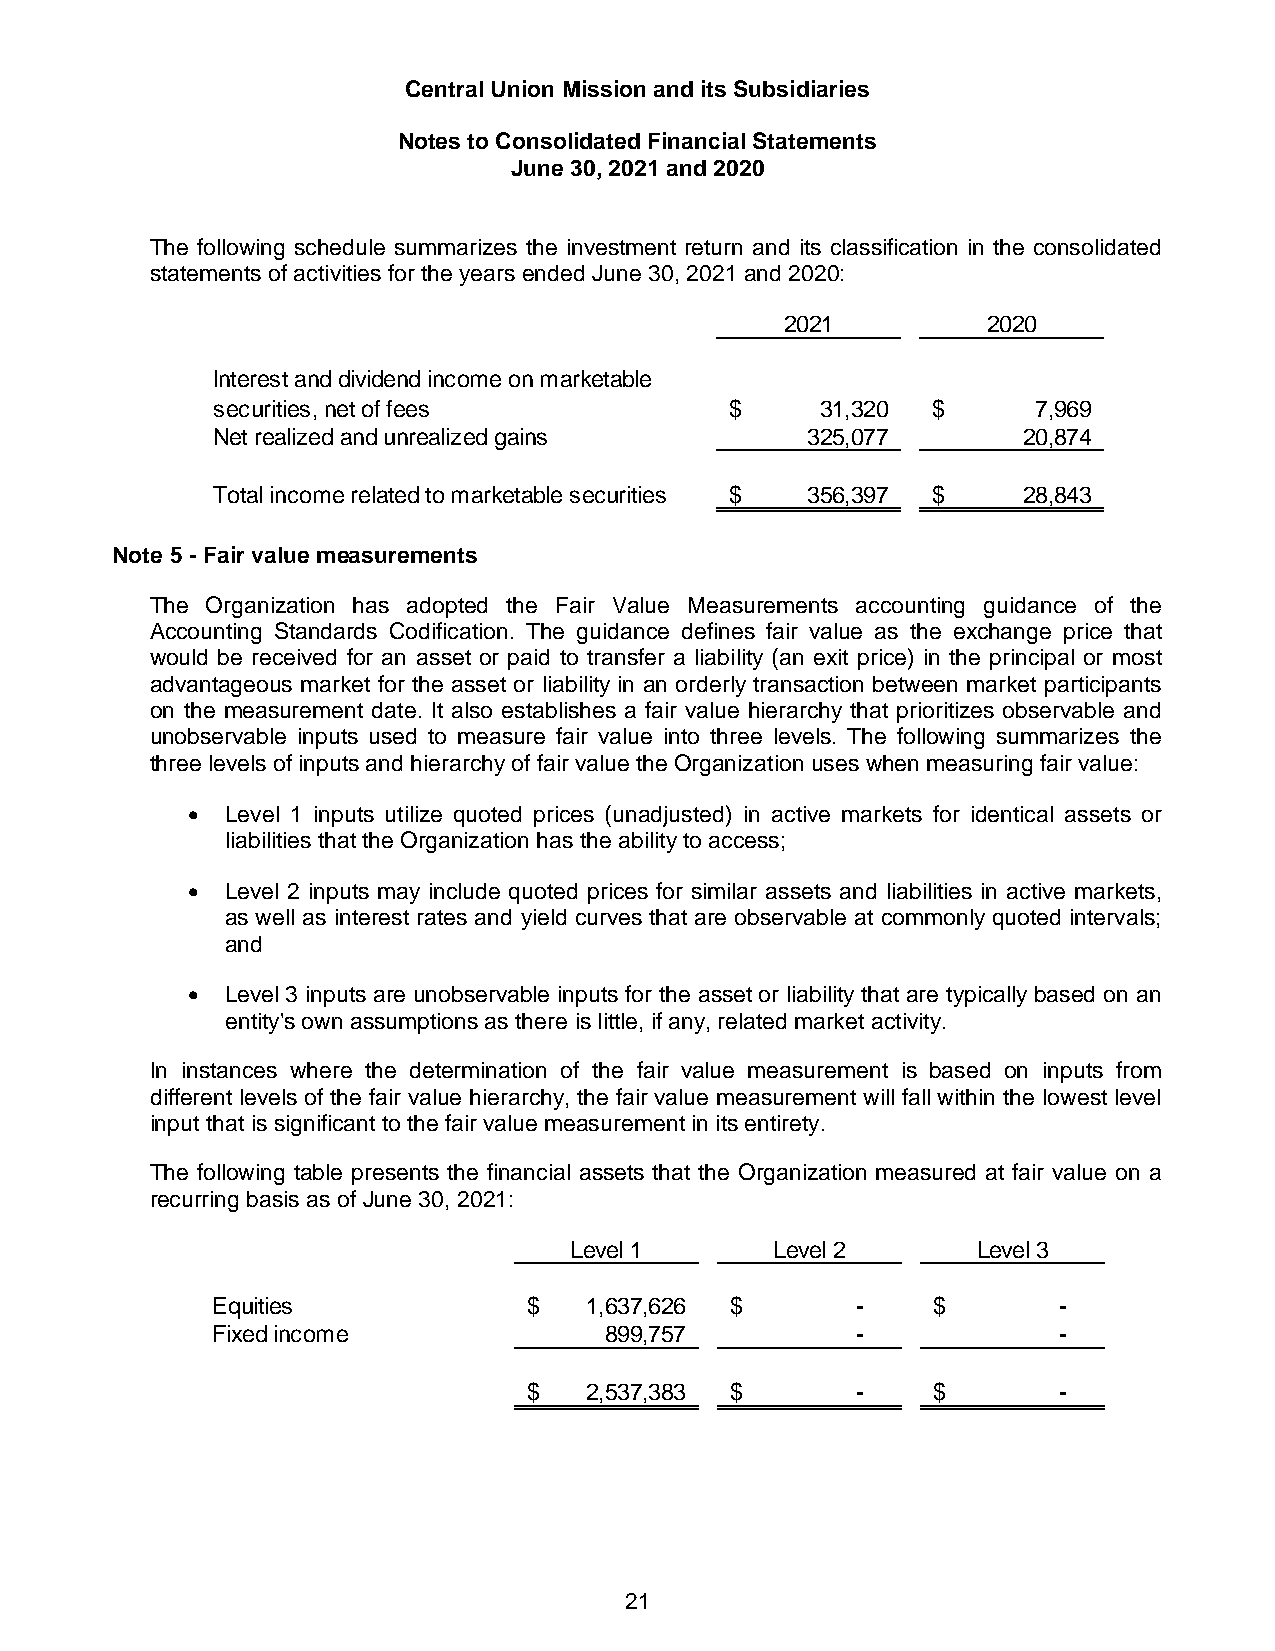
Central Union Mission and its Subsidiaries
 Notes to Consolidated Financial Statements
 June 30, 2021 and 2020
 The following schedule summarizes the investment return and its classification in the consolidated
 statements of activities for the years ended June 30, 2021 and 2020:
 2021         2020
 Interest and dividend income on marketable
 securities, net of fees           $     31,320  $      7,969
 Net realized and unrealized gains      325,077        20,874
 Total income related to marketable securities $ 356,397 $ 28,843
 Note 5 - Fair value measurements
 The Organization has adopted the Fair Value Measurements accounting guidance of the
 Accounting Standards Codification. The guidance defines fair value as the exchange price that
 would be received for an asset or paid to transfer a liability (an exit price) in the principal or most
 advantageous market for the asset or liability in an orderly transaction between market participants
 on the measurement date. It also establishes a fair value hierarchy that prioritizes observable and
 unobservable inputs used to measure fair value into three levels. The following summarizes the
 three levels of inputs and hierarchy of fair value the Organization uses when measuring fair value:
   Level 1 inputs utilize quoted prices (unadjusted) in active markets for identical assets or
 liabilities that the Organization has the ability to access;
   Level 2 inputs may include quoted prices for similar assets and liabilities in active markets,
 as well as interest rates and yield curves that are observable at commonly quoted intervals;
 and
   Level 3 inputs are unobservable inputs for the asset or liability that are typically based on an
 entity's own assumptions as there is little, if any, related market activity.
 In instances where the determination of the fair value measurement is based on inputs from
 different levels of the fair value hierarchy, the fair value measurement will fall within the lowest level
 input that is significant to the fair value measurement in its entirety.
 The following table presents the financial assets that the Organization measured at fair value on a
 recurring basis as of June 30, 2021:
 Level 1      Level 2       Level 3
 Equities             $   1,637,626 $       -    $       -
 Fixed income              899,757          -            -
 $   2,537,383 $       -    $       -
 21